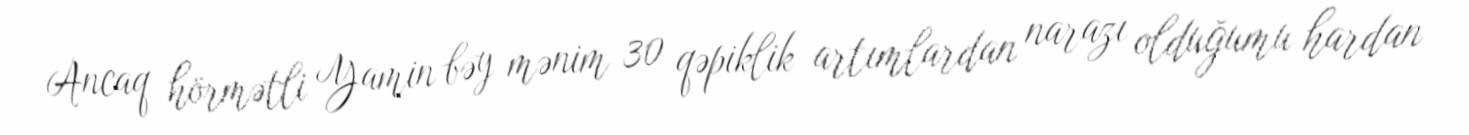
Ancaq hörmətli Yamin bəy mənim 30 qəpiklik artımlardan narazı olduğumu hardan